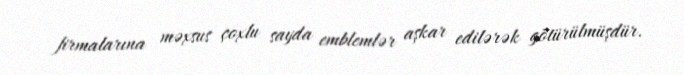
firmalarına məxsus çoxlu sayda emblemlər aşkar edilərək götürülmüşdür.